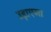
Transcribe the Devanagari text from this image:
उड़ाएगा